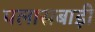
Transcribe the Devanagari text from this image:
पलासबाड़ी